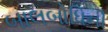
બાલબોધિની